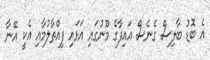
އެ ބޮޑު ބާލިސް ގެނެސް އައިފާގެ މޫނުގައި އަޅައި ފިއްތާލުމާއި އެކީ އޭނާ